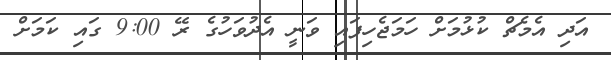
އަދި އެމެޗް ކުޅުމަށް ހަމަޖެހިފައި ވަނީ އެދުވަހުގެ ރޭ 9:00 ގައި ކަމަށް